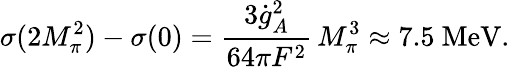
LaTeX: \sigma(2M_{\pi}^{2})-\sigma(0)={\frac{3\dot{g}_{A}^{2}}{64\pi F^{2}}}\, M_{\pi}^{3}\approx 7.5\ \mathrm{MeV}.